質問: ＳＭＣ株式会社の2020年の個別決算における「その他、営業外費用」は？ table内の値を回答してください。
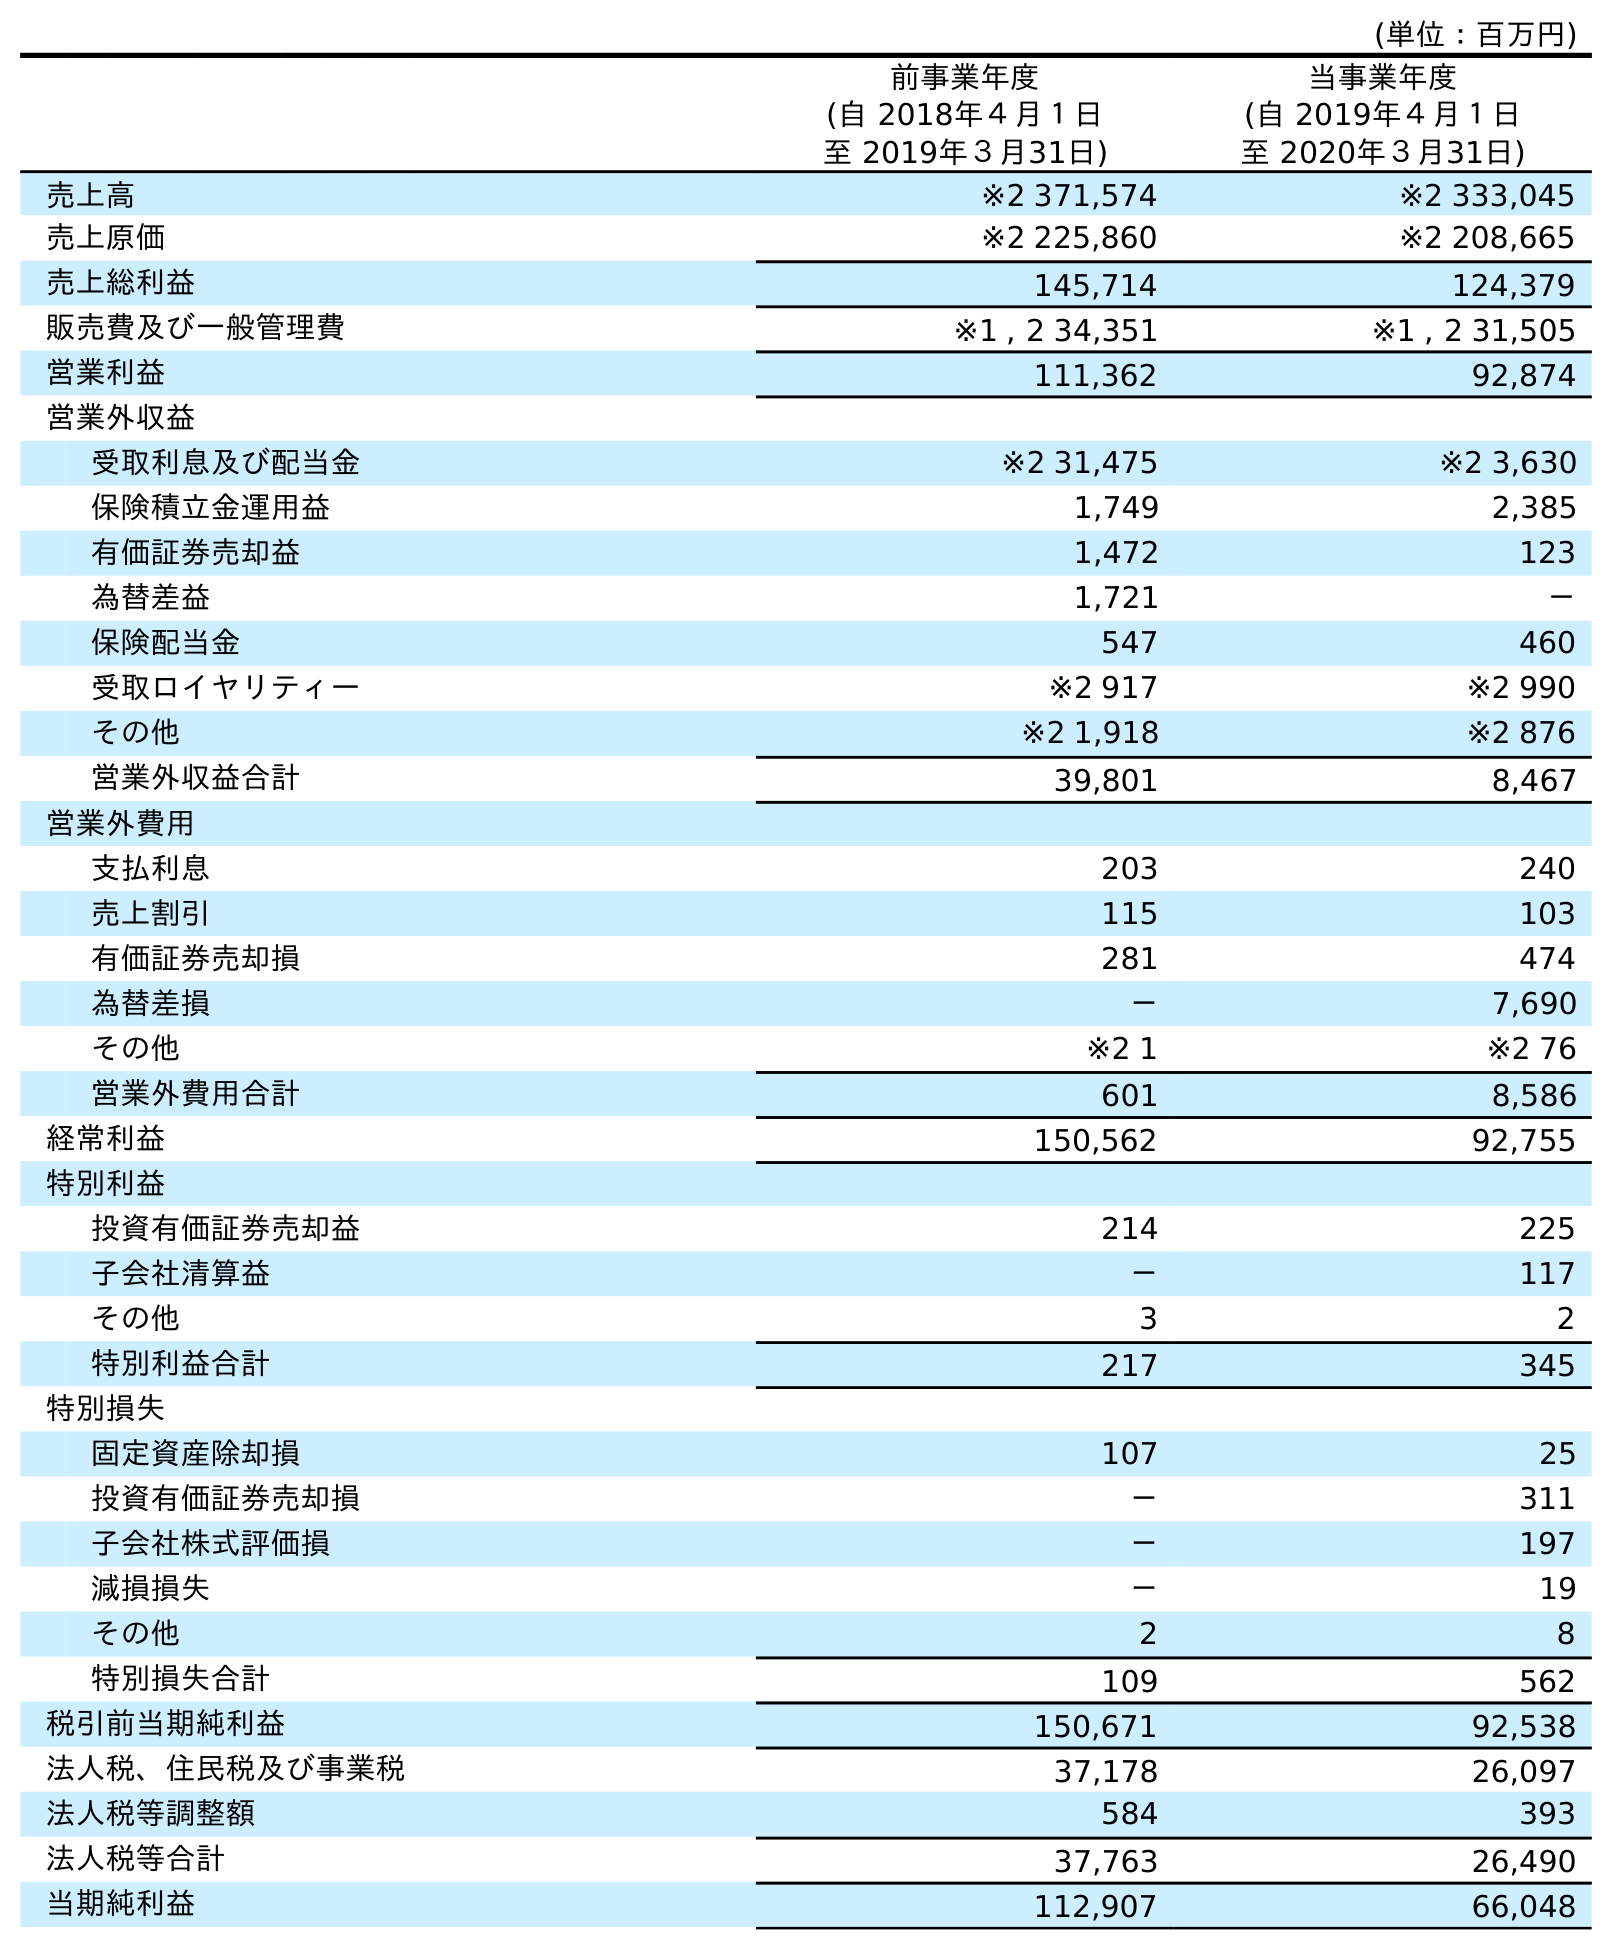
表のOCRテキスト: (単位：百万円) 前事業年度 (自 2018年４月１日 至 2019年３月31日) 当事業年度 (自 2019年４月１日 至 2020年３月31日) 売上高 ※2 371,574 ※2 333,045 売上原価 ※2 225,860 ※2 208,665 売上総利益 145,714 124,379 販売費及び一般管理費 ※1 , 2 34,351 ※1 , 2 31,505 営業利益 111,362 92,874 営業外収益 受取利息及び配当金 ※2 31,475 ※2 3,630 保険積立金運用益 1,749 2,385 有価証券売却益 1,472 123 為替差益 1,721 － 保険配当金 547 460 受取ロイヤリティー ※2 917 ※2 990 その他 ※2 1,918 ※2 876 営業外収益合計 39,801 8,467 営業外費用 支払利息 203 240 売上割引 115 103 有価証券売却損 281 474 為替差損 － 7,690 その他 ※2 1 ※2 76 営業外費用合計 601 8,586 経常利益 150,562 92,755 特別利益 投資有価証券売却益 214 225 子会社清算益 － 117 その他 3 2 特別利益合計 217 345 特別損失 固定資産除却損 107 25 投資有価証券売却損 － 311 子会社株式評価損 － 197 減損損失 － 19 その他 2 8 特別損失合計 109 562 税引前当期純利益 150,671 92,538 法人税、住民税及び事業税 37,178 26,097 法人税等調整額 584 393 法人税等合計 37,763 26,490 当期純利益 112,907 66,048
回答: ※276